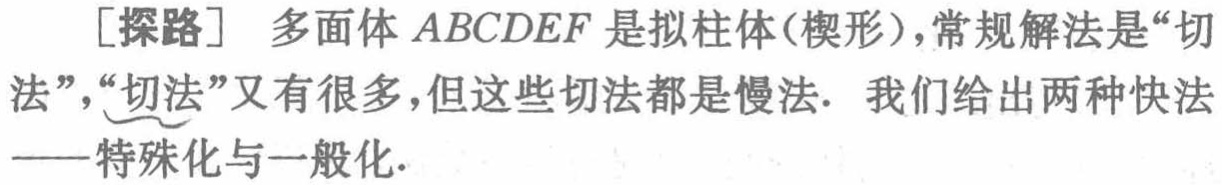
[探路] 多面体 \(ABCDEF\) 是拟柱体(楔形)，常规解法是“切法”，“切法”又有很多，但这些切法都是慢法. 我们给出两种快法——特殊化与一般化.